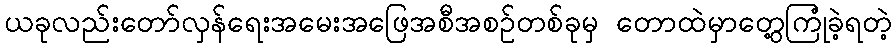
ယခုလည်းတော်လှန်ရေးအမေးအဖြေအစီအစဥ်တစ်ခုမှ တောထဲမှာတွေ့ကြုံခဲ့ရတဲ့